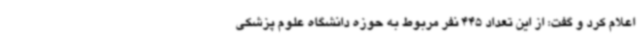
اعلام کرد و گفت: از این تعداد 445 نفر مربوط به حوزه دانشگاه علوم پزشکی